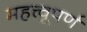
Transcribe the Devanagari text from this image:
महत्त्वूपर्ण